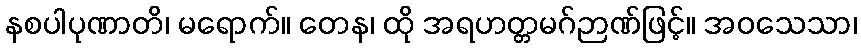
နစပါပုဏာတိ၊ မရောက်။ တေန၊ ထို အရဟတ္တမဂ်ဉာဏ်ဖြင့်။ အဝသေသာ၊